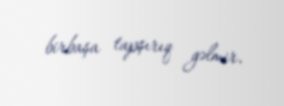
birbaşa tapşırıq gəlmir.